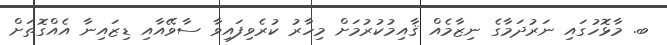
ބ. މާޅޮހުގައި ނަރުދަމާގެ ނިޒާމެއް ޤާއިމުކުރުމަށް މިހާރު ކުރެވިފައިވާ ސާވޭއާއި ޑިޒައިނާ އެއްގޮތަށް